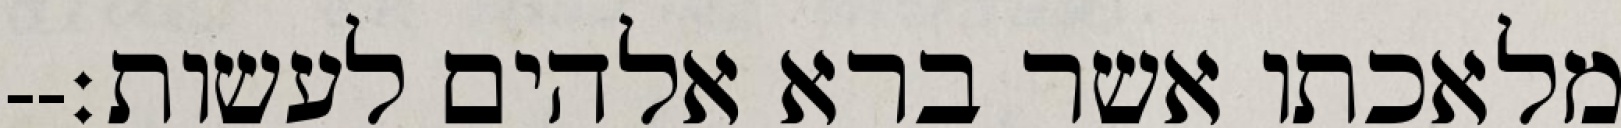
מלאכתו אשר ברא אלהים לעשות׃--